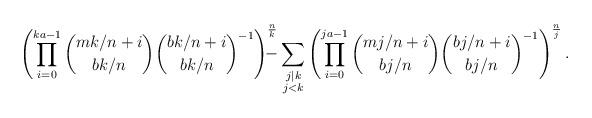
LaTeX: \begin{align*} \left( \prod_{i=0}^{ka-1} \binom{mk/n+i}{bk/n}\binom{bk/n+i}{bk/n}^{-1} \right)^{\frac{n}{k}} \!\!\!\!\!\! - \sum_{\substack{j|k \\ j < k}} \left( \prod_{i=0}^{ja-1} \binom{mj/n+i}{bj/n}\binom{bj/n+i}{bj/n}^{-1} \right)^{\frac{n}{j}}.\end{align*}